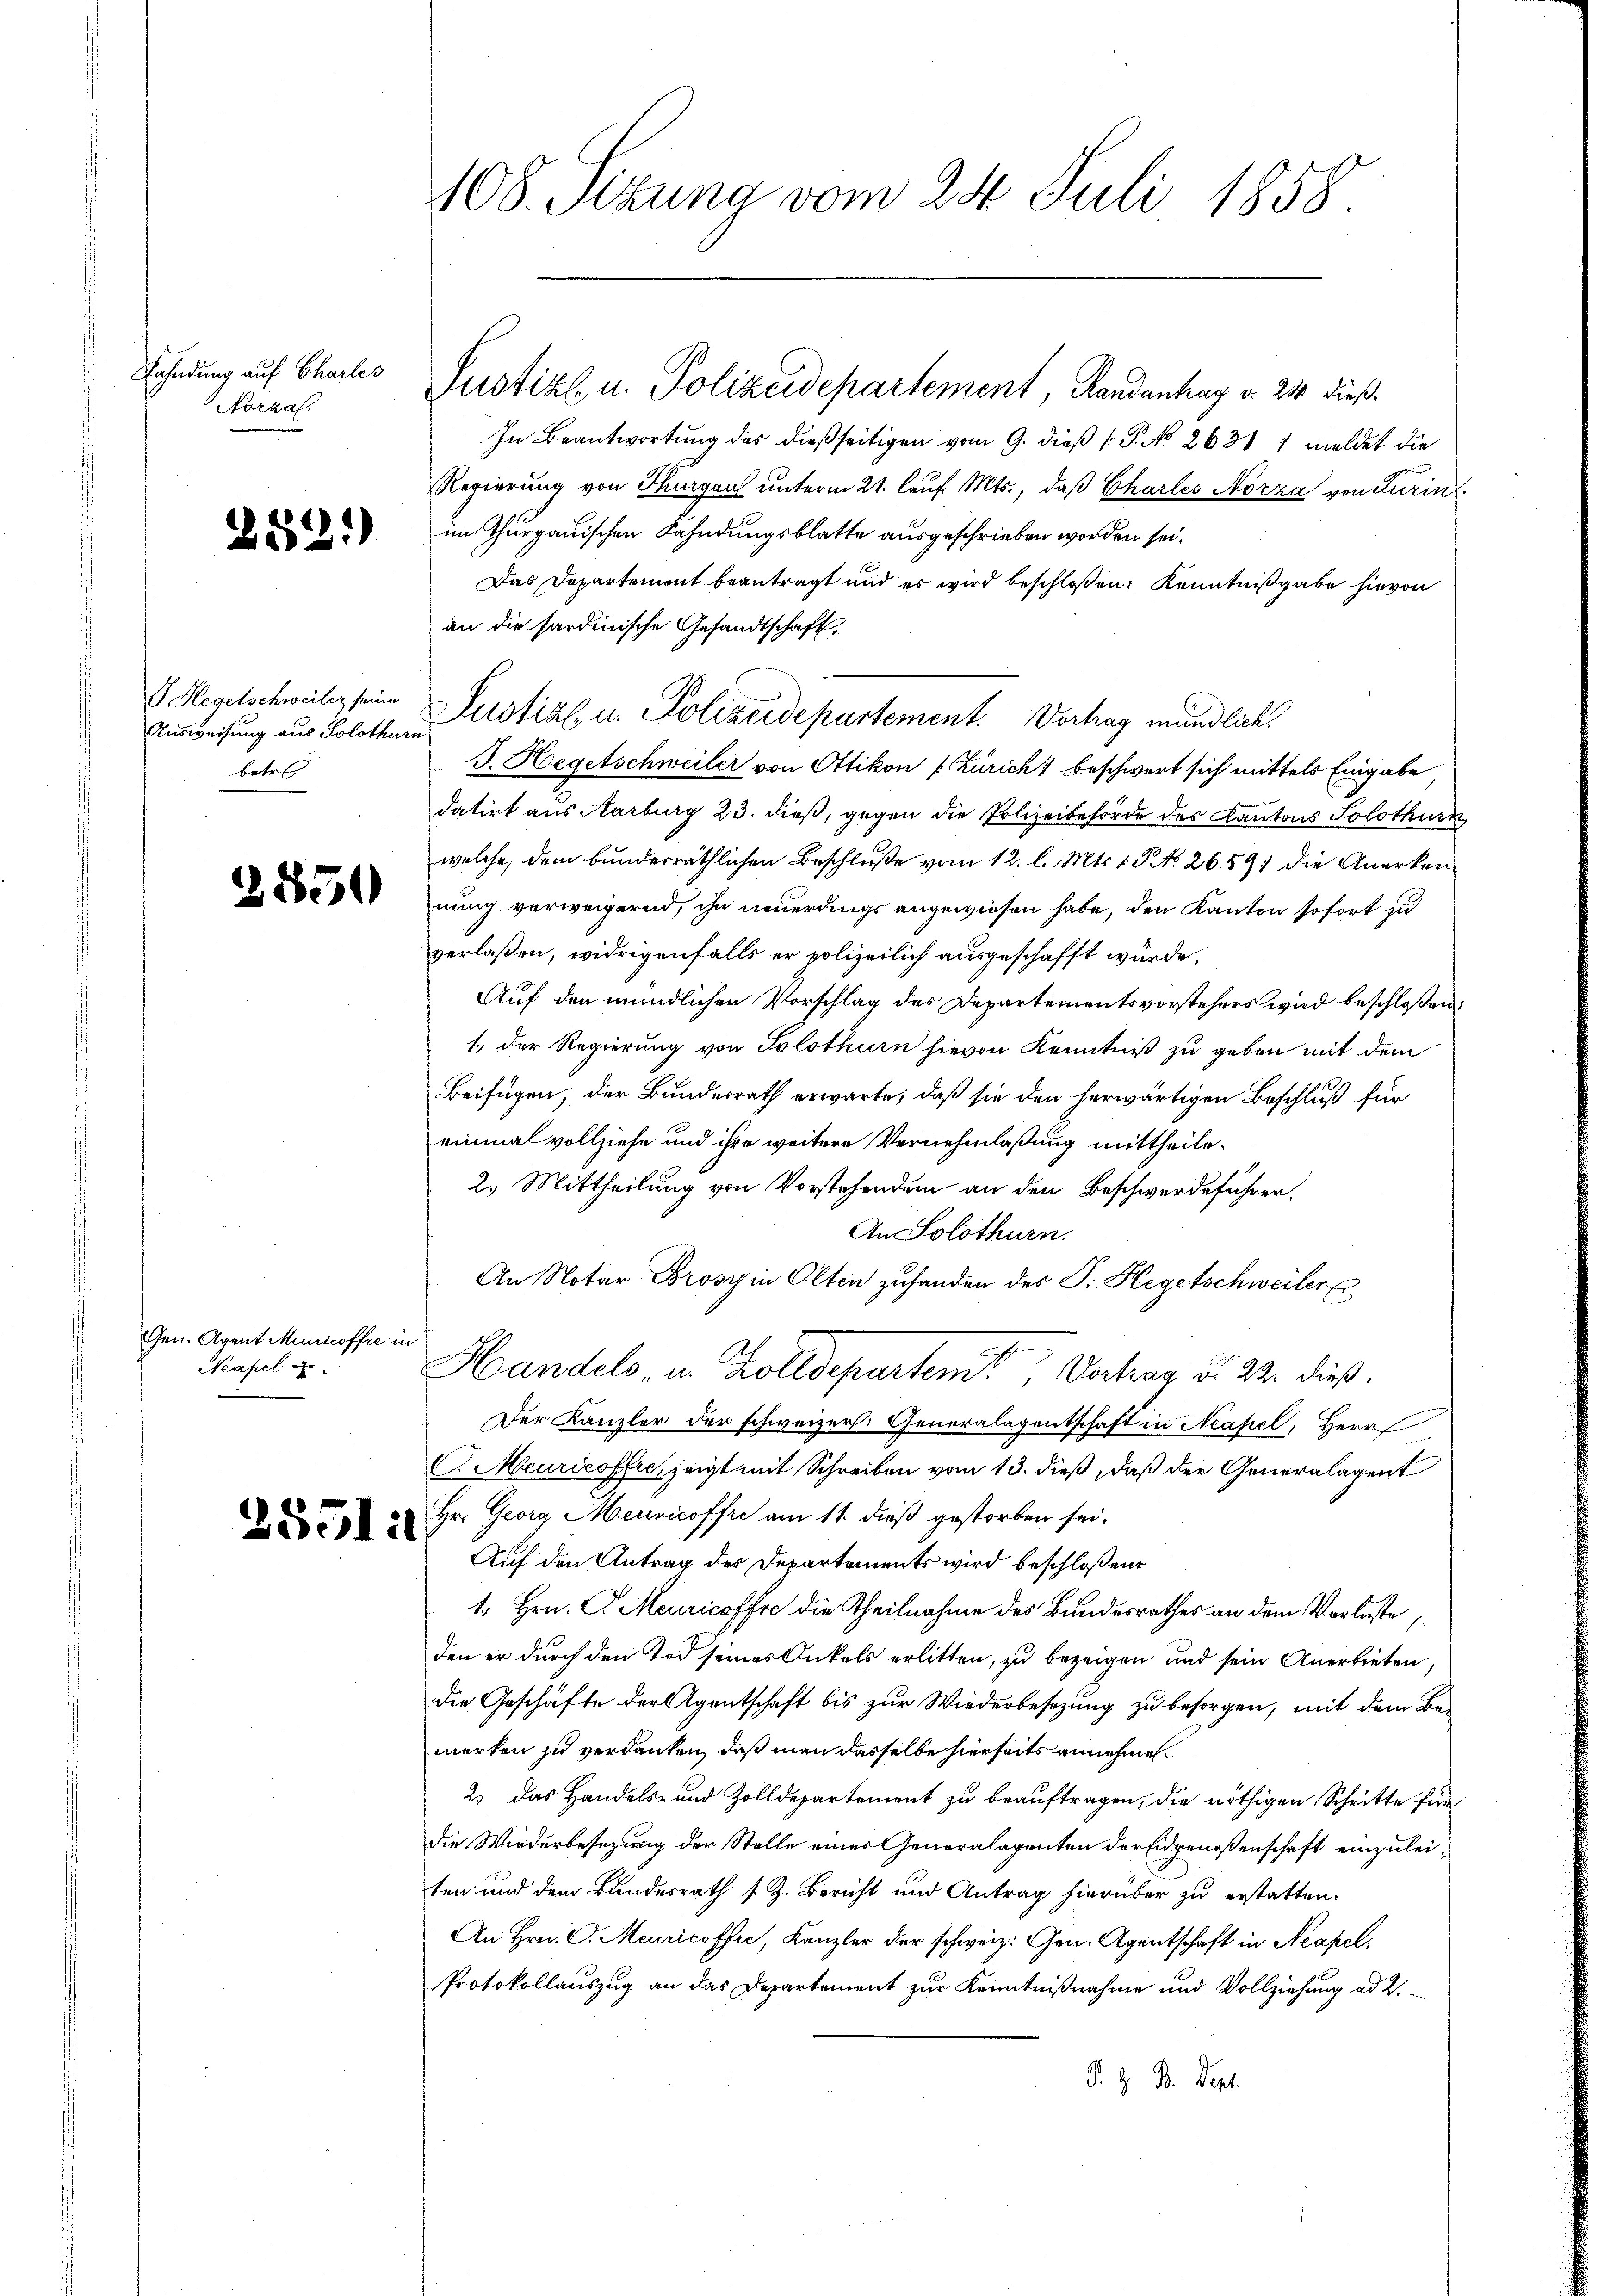
Fahndung auf Charles
Norzaf.

282.

G Hegelschweiler seine
Ausweisung aus Solothurn
betr

2850

Gen. Agent Meuricoffre in
Neapel

2551.

408. Sezung vom 24. Juli 1858.

Justiz u. Polizeidepartement, Randantrag v. 24 dieß
In Beantwortung des dießseitigen vom 9. dieß P. No 2631 1 meldet die
Regierung von Thurgau unterm 21. laŭf. Mts., daß Charles Norza von Turin
im Thurgauischen Fahndungsblatte ausgeschrieben worden sei.
Das Departement beantragt und es wird beschloßen: Kenntnißgabe hievon
an die sardinische Gesandtschaft
Lustizl, u. Polizeidepartement. Vortrag mündlich.
J. Hegetschweiler von Ottikon f. Züricht beschwert sich mittels Eingabe
datirt aus Aarburg 23. dieß, gegen die Polizeibehörde des Kantons Solothurn
welche, dem bundesräthlichen Beschluße vom 12. l. Mts. t. P. No. 2659 die Anerken-
nung verweigernd, ihn neuerdings angewiesen habe, den Kanton sofort zu
verlaßen, widrigenfalls er polizeilich ausgeschafft würde.
Auf den mündlichen Vorschlag des Departementsvorstehers wird beschloßen:
1., der Regierung von Solothurn hievon Kenntniß zu geben mit dem
Beifügen, der Bundesrath erwarte, daß sie den herwärtigen Beschluß für
einmal vollziehe und ihre weitere Vernehmlaßung mittheile¬
2. Mittheilung von Vorstehendem an den Beschwerdeführer.
An Solothurn.
An Notar Brosy in Olten zuhanden des P. Hegetschweiler
Handels u. Zolldepartemt, Vertrag d. 22. dieß.
Der Kanzler der schweizer. Generalagentschaft in Neapel, Herr
C. Meuricoffre, zeigt mit Schreiben vom 13. dieß, daß der Generalagent
Hr. Georg Meuricoffre am 11. dieß gestorben sei.
Auf den Antrag des Departements wird beschloßene
1. Hrn. C. Meuricoffre die Theilnahme des Bundesrathes an dem Verluste
den er durch den Tod seines Onkels erlitten, zu bezeigen und sein Anerbieten,
die Geschäfte der Agentschaft bis zur Wiederbesezung zu besorgen, mit dem Be-
merken zu verdanken, daß man dasselbe hierseits annehmen.
2. Das Handels- und Zolldepartement zu beauftragen, die nöthigen Schritte für
Die Wiederbesezung der Stelle eines Generalagenten der Eidgenossenschaft einzuleiten und dem Bundesrath s. Z. Bericht und Antrag hierüber zu erstatten.
An Hrn. C. Meuricoffer, Kanzler der schweiz. Gen. Agentschaft in Neapel.
Protokollauszug an das Departement zur Kenntnißnahme und Vollziehung ad 2.
J. H. Dr. Dept.